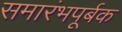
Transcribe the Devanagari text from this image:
समारंभपूर्बक